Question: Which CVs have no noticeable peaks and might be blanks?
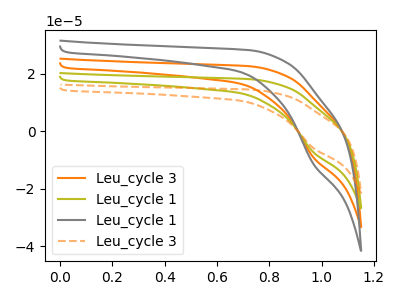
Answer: <think>The orange curve "Leu_cycle 3" has a cathodic peak at: (0.95V, -14.55uA). The olive curve "Leu_cycle 1" has a cathodic peak at: (0.95V, -7.25uA). The gray curve "Leu_cycle 1" has a cathodic peak at: (0.95V, -21.80uA). The orange dashed curve "Leu_cycle 3" has a cathodic peak at: (0.95V, -5.85uA).</think>
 <answer>There are not any CV's on this graph that are likely to be blanks.</answer>
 <eval>none</eval>